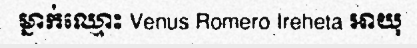
ម្នាក់ឈ្មោះ Venus Romero Ireheta អាយុ